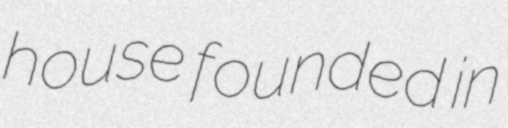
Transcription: house founded in